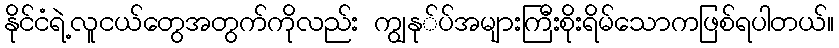
နိုင်ငံရဲ့လူငယ်တွေအတွက်ကိုလည်း ကျွနု်ပ်အများကြီးစိုးရိမ်သောကဖြစ်ရပါတယ်။